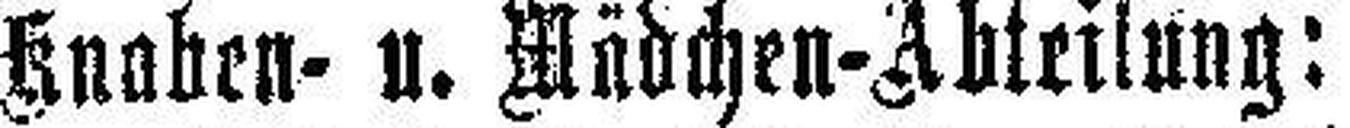
Knaben- u. Mädchen-Abteilung: